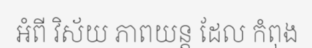
អំពី វិស័យ ភាពយន្ត ដែល កំពុង